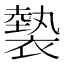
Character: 𧜼